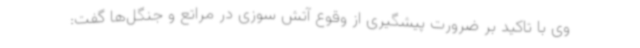
وی با تاکید بر ضرورت پیشگیری از وقوع آتش سوزی در مراتع و جنگل‌ها گفت: